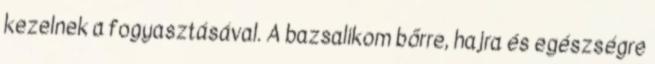
kezelnek a fogyasztásával. A bazsalikom bőrre, hajra és egészségre